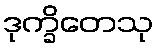
ဒုက္ခိတေသု